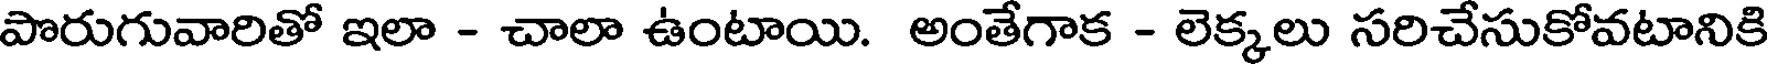
పొరుగువారితో ఇలా - చాలా ఉంటాయి. అంతేగాక - లెక్కలు సరిచేసుకోవటానికి